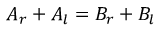
A _ { r } + A _ { l } = B _ { r } + B _ { l }